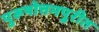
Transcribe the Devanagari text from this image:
पुरूषोत्तमपुरीत